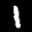
Label: 1